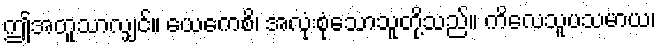
ဤအတူသာလျှင်။ ယေကေစိ၊ အလုံးစုံသောသူတို့သည်။ ကိလေသူပသမာယ၊